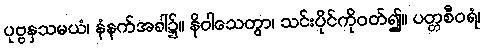
ပုဗ္ဗနှသမယံ၊ နံနက်အခါ၌။ နိဝါသေတွာ၊ သင်းပိုင်ကိုဝတ်၍။ ပတ္တစီဝရံ၊